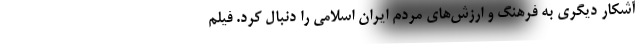
آشکار دیگری به فرهنگ و ارزش‌های مردم ایران اسلامی را دنبال کرد. فیلم